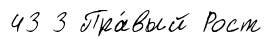
43 3 Пра́вый Рост